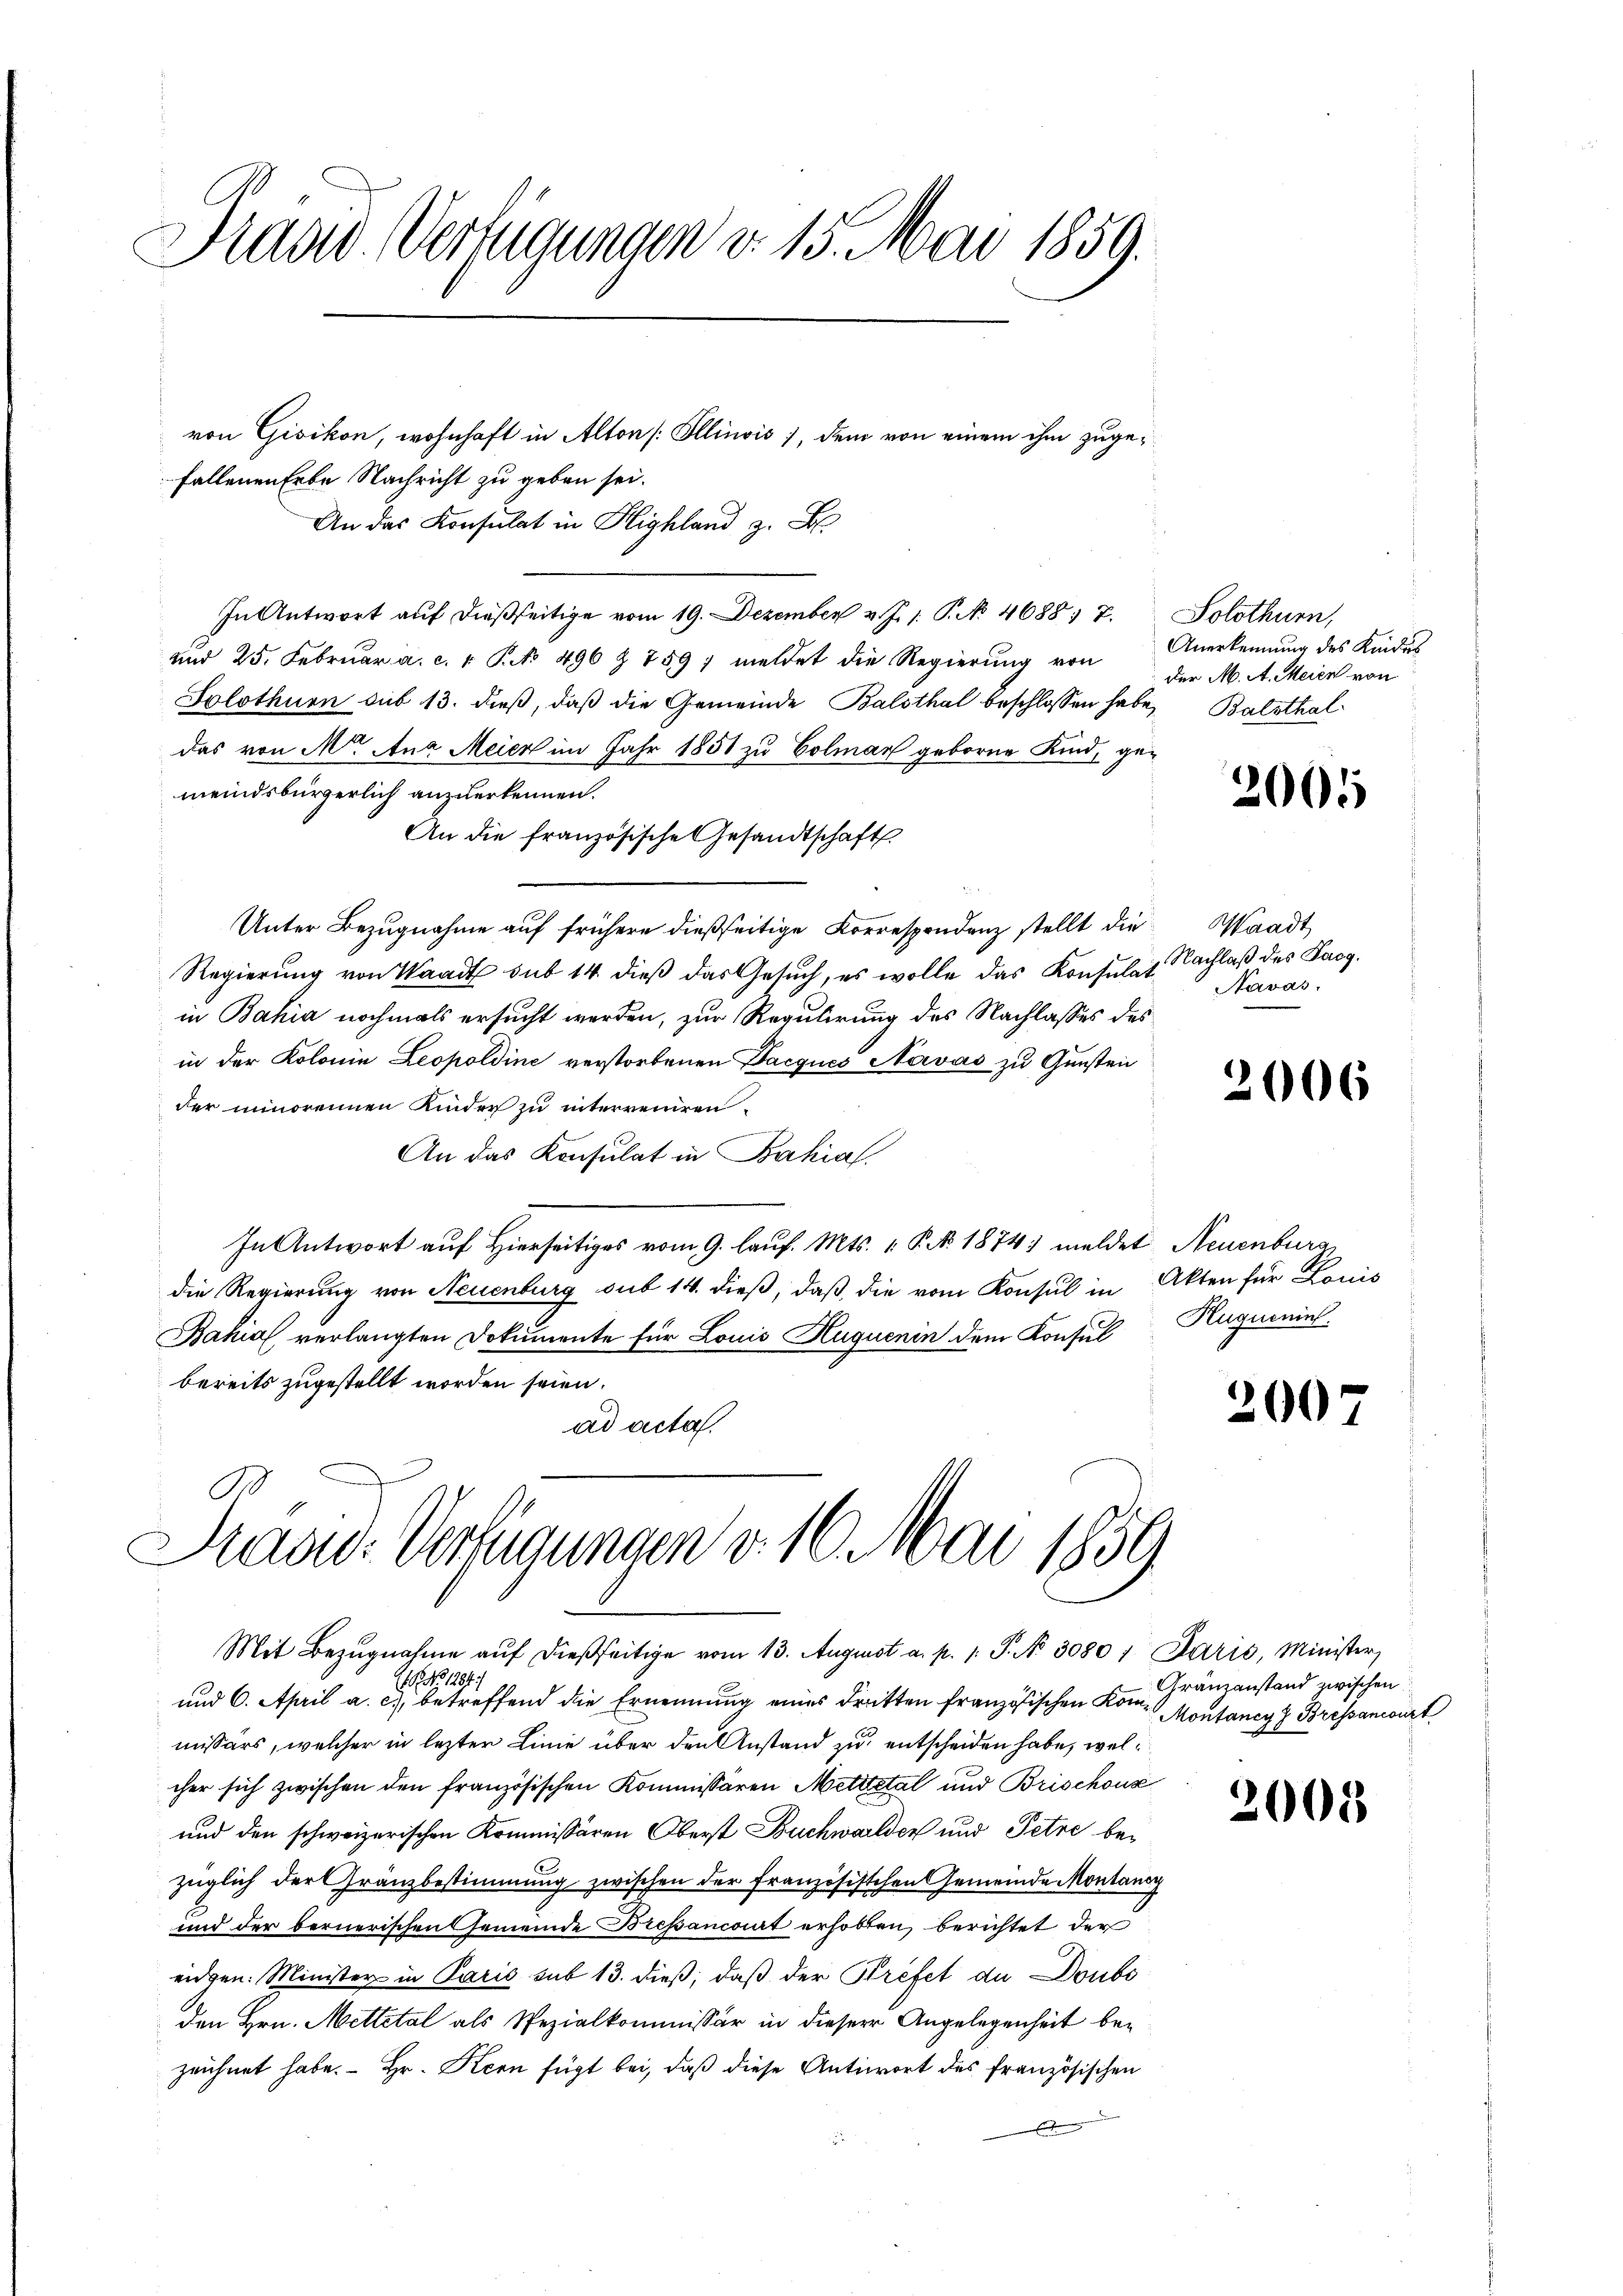
radv. Verfügungen v. 15. Mai 1859.
.

von Gisikon, wohnhaft in Alton Illinois), dem von einem ihm zugefallenen Erbe Nachricht zu geben sei.
An das Konsulat in Highland z. B
In Antwort auf dießseitige vom 19. Dezember v. J. 1. P. No 4688. 7.
und 25. Februar a. c. v. P. 496 Z 759 / meldet die Regierung von der M. A. Meien von
Solothurn sub 13. dieß, daß die Gemeinde Balsthal beschlossen habe, Balsthaldas von M. Anz Meier im Jahr 1851 zu Colmar geborne Kind, gemeindsbürgerlich anzuerkennen.
An die französische Gesandtschaft
Unter Bezugnahme auf frühere dießseitige Korrespondenz stellt die Waadt
Regierung von Waadt sub 14. dieβ das Gesŭch, es wolle das Konsul 7. Nachlaß des Sarg.
in Bahia nochmals ersucht werden, zur Regulirung des Nachlasses des
in der Kolonia Leopoldine verstorbenen Dacques Navas zu Gunsten
.
der minorennen Kinder zu interreiren.
e
An das Konsulat in Bahiaf.
In Antwort auf Hierseitiges vom 9. lauf. Mts. 1. P. Nr. 1874) meldet Neuenburg
die Regierung von Neuenburg sub 14. dieß, daß die vom Konsul in Akten für Louis
Bahia verlangten Dokumente für Louis Huquenin dem Konsul
bereits zugestellt worden seien.
ad acta.

Präsid. Verfügungen v. 10. Mai 1859
Mit Bezugnahme auf dießseitige vom 13. August a. p. 1. P. N. 30801 Paris, Minister,

Solothurn,
Anerkennung des Kindes

EG No 1284)
und 6. April a. c.) betreffend die Ernennung eines dritten französischen Kommissärs, welcher in lezter Linie über den Anstand zu entscheiden habe, welcher sich zwischen den französischen Kommissären Metttetal und Brischonz
und den schweizerischen Kommissären Oberst Buchwalder und Petri bezüglich der Gränzbestimmung zwischen der Französischen Gemeinde Montanog
und der bernerischen Gemeinde Bressancent erholten, berichtet der
eidgen. Minister in Paris sub 13. dieß, daß der Brefet de Doubs
den Hrn. Mettetal als Spezialkommissär in dieser Angelegenheit bezeichnet habe. Hr. Kern fügt bei, daß diese Antwort des französischen
9

2005

Navas

2006

Huqueninl.

200

Gränzanstand zwischen
Montancy 7 Bressancourt

2008